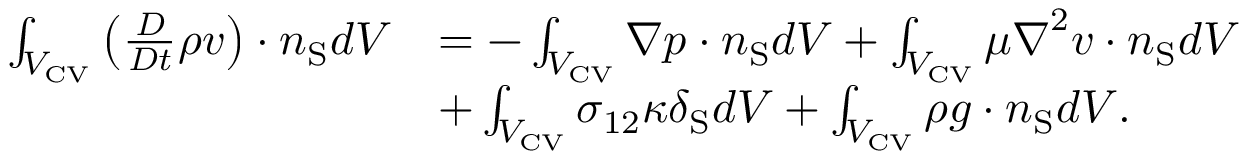
\begin{array} { r l } { \int _ { { V _ { \mathrm { { C V } } } } } \left( \frac { D } { D t } \rho \boldsymbol { v } \right) \cdot \boldsymbol { n } _ { \mathrm { S } } d V } & { = - \int _ { { V _ { \mathrm { { C V } } } } } \boldsymbol { \nabla } p \cdot \boldsymbol { n } _ { \mathrm { S } } d V + \int _ { { V _ { \mathrm { { C V } } } } } \mu \boldsymbol { \nabla } ^ { 2 } \boldsymbol { v } \cdot \boldsymbol { n } _ { \mathrm { S } } d V } \\ & { + \int _ { { V _ { \mathrm { { C V } } } } } \sigma _ { 1 2 } \kappa \delta _ { \mathrm { S } } d V + \int _ { { V _ { \mathrm { { C V } } } } } \rho \boldsymbol { g } \cdot \boldsymbol { n } _ { \mathrm { S } } d V . } \end{array}